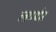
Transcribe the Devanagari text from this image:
लण्ढोर